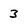
Character: 3